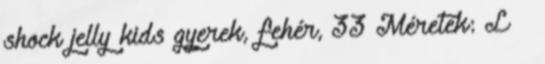
shock jelly kids gyerek, fehér, 33 Méretek: L »